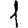
Digit: 1